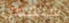
سيجدي